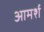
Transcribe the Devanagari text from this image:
आमर्श